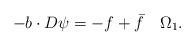
LaTeX: \begin{align*} - b \cdot D\psi = -f + \bar f \ \ \ \Omega_1. \end{align*}